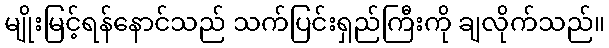
မျိုးမြင့်ရန်နောင်သည် သက်ပြင်းရှည်ကြီးကို ချလိုက်သည်။